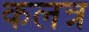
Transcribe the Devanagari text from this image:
कलत्र